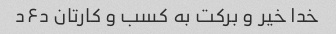
خدا خیر و برکت به کسب و کارتان د۶د